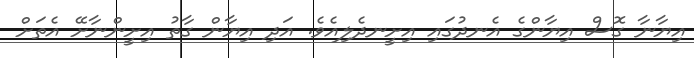
އިޔާނާ ގޮސް އިޔާންގެ އެނދުގައި އިށީނދެލިއެވެ. އަދި އިޔާން ގާތު އިށީންނާށޭ އެތަށް